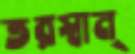
তরস্বান্‌